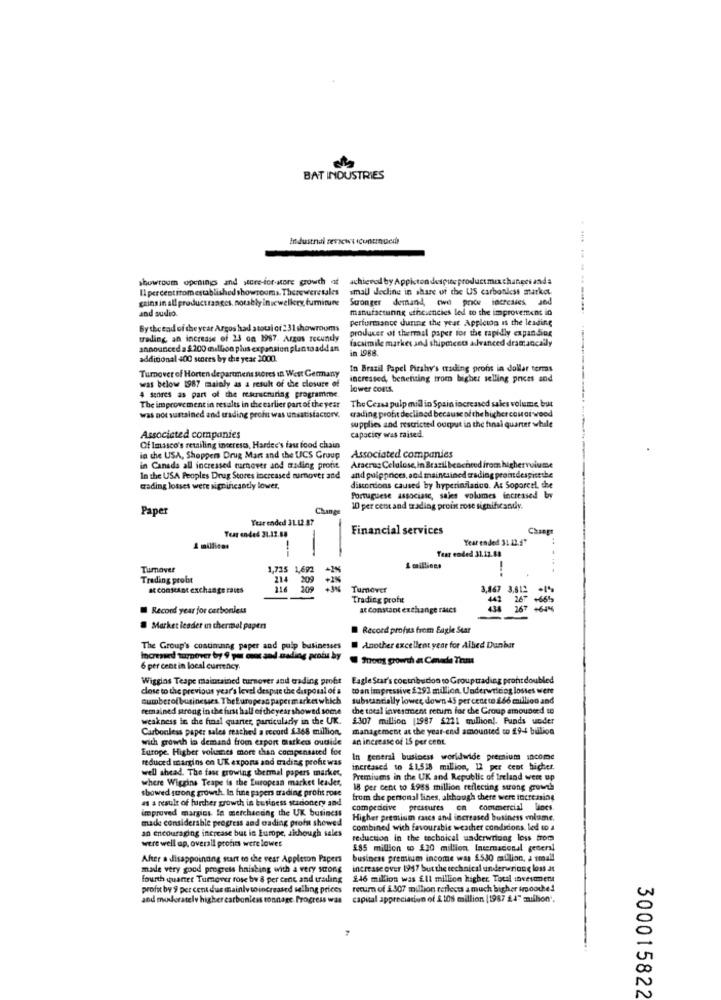
BAT INDUSTRIES
Industrial reviewsicontinued
showroom openings and store-for-store growth of achieved by Appicton despite productmixchanges anda
Il percentiromestablished showrooms. Thereweretales
small decline in share of the US carbonless market.
gains in all productraages, notably inicwelkery, furniture
Stronger demand, two price increases
and audio.
manufactunng ethciencies led to the improvement in
Performance during the year Appleto is the leading
Bytheend of the year Argos had atoui of 231 showrooms
producer of thermal paper for the rapidly expanding
trading, an increase of 23 ca 1987. Argos recundy
facsimile market and shipments advanced dramancally
announced a $.200 million plus expansion plantoadd an
in 1988.
additional 400 scores by the year 2000.
Turnover of Horten department stores In West Germany
In Brazil Papel Pirshy's trading profs in dollar terms
was below 1987 mainly as a result of the closure of
increased, benefiting trom bigher selling prices and
lower Costs.
4 stores as part of the restructuring programme.
The improvement in results in the earlier part of the year
The Cessa pulp mid in Spain increased sales volume but
was not sustained and trading profit was unsatisfactory.
crading profit declined because of the higher costar wood
supplies and restricted output in the final quarter while
Associated companies
capacity was raised.
Of Imasco's retailing intereses, Hardee's fast food chain
Associated companies
in the USA, Shoppen Drug Man and the UCS Group
in Canada all increased tarnever and mading profit
Aracrus Celulose, in Brazil beachred from highervulume
In the USA Peoples Drug Stores increased turnover and
and pulpprices, and maintained trading promdespisethe
trading losses were significantly lower,
distortions caused by hyperinfladuo. At Soporcel, the
Portuguese associasc, sales volumes increased by
Paper
Change
10 per cent and trading proin rose significandy.
Yearended 31.12 87
Tear ended 31.12.88
Financial services
Year ended 31 22.5"
A millicas
Tear ended 31.12.88
Tumover
1,725 1,692
1 millions
---
Trading probst
214
209
at constant exchange rates
216
445
Tumover
Trading profit
3,467 3,81
Record year for carbonless
at Constant exchange rates
Market leader in chermel papers
Record profis from Eagle Star
The Group's costimning paper and puip businesses
Another excellent year for Alled Dunbar
Increned turnover by 9 pe ment and cadiog protu by
front growth at Cmnade Thans
6 per cent in local currency
Wiggins Teape maintained turnover and erading proft
Eagle Star's coutbution to Grouptrading pront doubled
dose to the previous year's level despue the disposal of a
toan impressive & 292 million. Underwriting losses were
numberof businesses. TheEuropean papermarket which
substantially lower down 45 per centte 266 million and
remained strong in the first hall of theyear showed some
the total investment return for che Group amouneed to
weakness in the final quarter, particularly in the UK.
£307 million (1987 $221 million). Funds under
Carbonless paper sales reached a record 1368 million,
management at the year end amounted to £9-4 billion
with growth in demand from export marked outside
an increase of 15 per cent.
Europe. Higher volumes more than compensated for
reduced margins en UK expons and trading profe was
In general business worldwide premium income
well shead. The fast growing thermal papers marker,
increased to £1,518 million, 12 per cent hichet.
where Wiggins Teape is the European market leader,
Premiumns in the UK and Republic of Ireland were up
showed strong growth. In fine papers trading profit rose
18 per cent to 1988 million reflecting strong growth
as a result of further growth in business storionery and
from the personal lines, although there were increasing
improved margins In merchacang the UK business
competitive pressures on commercial lines.
made considerable progress and oading profu showed
Higher premium rucs and increased business volume.
an encouraging increase but in Europe, sichough sales
combined with favourable weather conditions, led to a
were well up, overall profits were lowes
reduction in the technical underwriting loss froma
£85 million to £20 million Incemnacional general
After a disappointing start e che vear Appleton Papers
business premium income was £530 million, a small
made very good progress hnishing with a very strong
increase over 1997 but the technical underwrione loss at
fourth quarter Tumover rose by 8 per cent and trading 246 million was Ell million higher. Total :oxevent
profit by 9 per cent dus mainly to increased selling prices
return of 2.307 million reflects a much higher imoore!
and modera
gher carbonless tonnage Progress was
capital appreciation of $ 108 million (1987 24" million'.
300015822